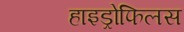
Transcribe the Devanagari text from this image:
हाइड्रोफिलस